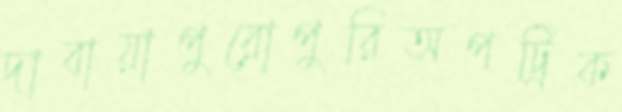
দাবায়াপুরোপুরিঅপট্রিক